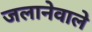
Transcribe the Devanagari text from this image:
जलानेवाले